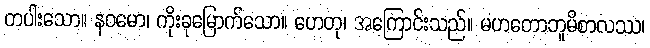
တပါးသော။ နဝမော၊ ကိုးခုမြောက်သော။ ဟေတု၊ အကြောင်းသည်။ မဟတောဘူမိစာလဿ၊